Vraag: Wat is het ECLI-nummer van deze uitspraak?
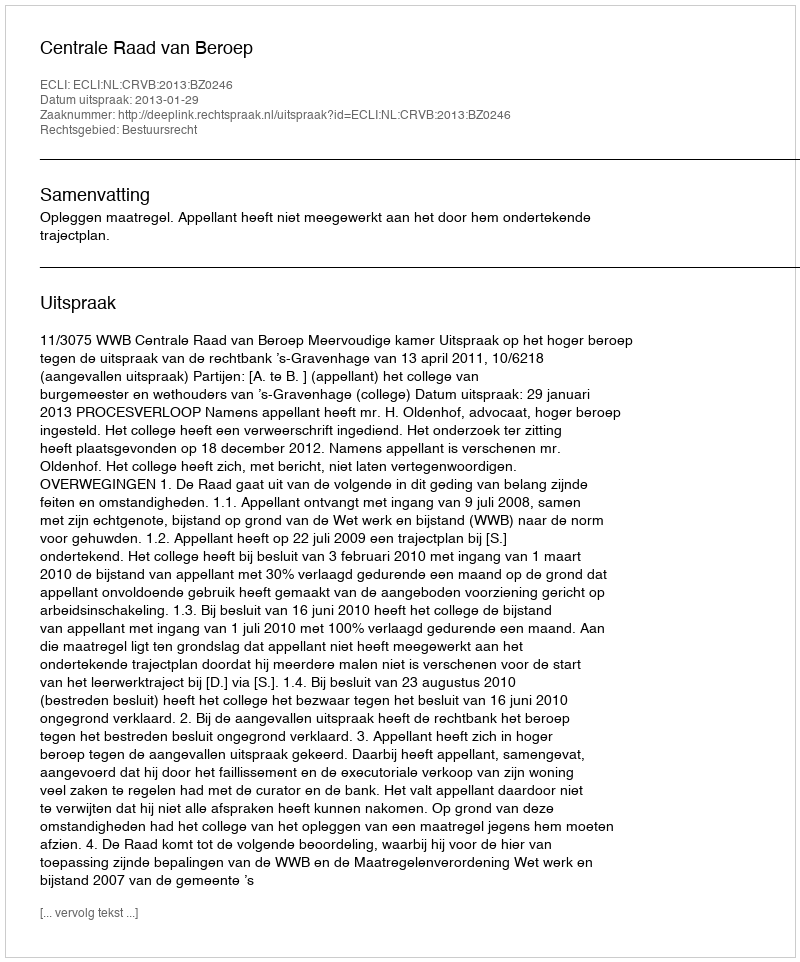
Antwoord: ECLI:NL:CRVB:2013:BZ0246